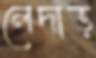
লেদাড়